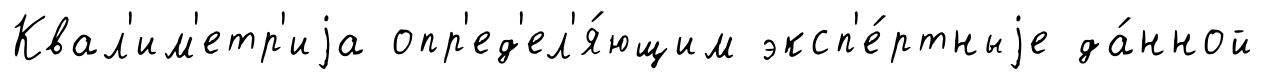
Квал'им'етр'иjа опр'ед'ел'я́ющим эксп'е́ртныjе да́нной